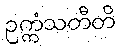
ဥက္ကံသတီတိ